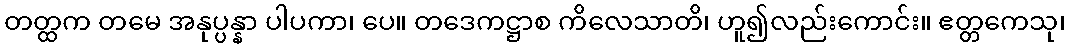
တတ္ထက တမေ အနုပ္ပန္နာ ပါပကာ၊ ပေ။ တဒေကဋ္ဌာစ ကိလေသာတိ၊ ဟူ၍လည်းကောင်း။ ဧတ္တကေသု၊